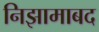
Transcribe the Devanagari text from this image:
निझामाबद